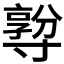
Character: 𡭅